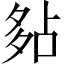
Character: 𡖞